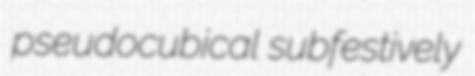
pseudocubical subfestively